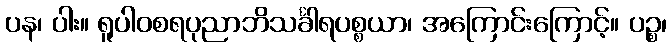
ပန၊ ပါး။ ရူပါဝစရပုညာဘိသင်္ခါရပစ္စယာ၊ အကြောင်းကြောင့်။ ပဉ္စ၊